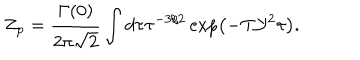
{ Z _ { p } } = { \frac { \Gamma ( 0 ) } { 2 \pi \sqrt { 2 } } } \int d \tau { \tau ^ { - 3 / 2 } } \exp \left( - \mathrm { T } { \mathcal { Y } ^ { 2 } } \tau \right) .